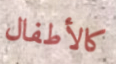
كالأطفال